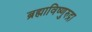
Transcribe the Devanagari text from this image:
ब्रह्माविष्णुरुद्रा